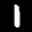
Label: 1